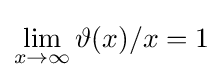
\lim _{x\to \infty }\vartheta (x)/x=1